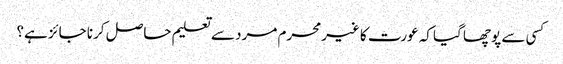
کسی سے پوچھا گیا کہ عورت کا غیرمحرم مرد سے تعلیم حاصل کرنا جائز ہے؟